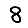
Digit: 8